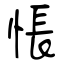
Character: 悵